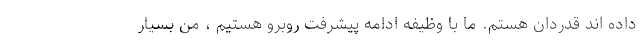
داده اند قدردان هستم. ما با وظیفه ادامه پیشرفت روبرو هستیم ، من بسیار